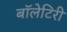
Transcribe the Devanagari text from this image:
बॉलेटिरी